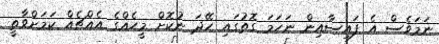
ނަމަވެސް އެ ފައިސާއިން ނަހަމަ ގޮތުގައި ހޭދަ ނުކޮށް މީހެއްގެ އެއްޗެއް ކަމަށްވާތީ